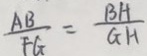
\frac { A B } { F G } = \frac { B H } { G H }